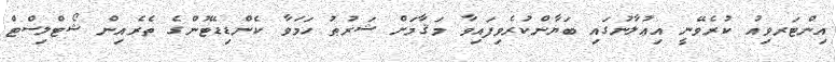
އިންޓަރވިއު ކުރެވޭނީ އިޢުލާނުގައި ބަޔާންކުރެވިފައިވާ މަޤާމަށް ޝަރުޠު ހަމަވާ ކެންޑިޑޭޓުންގެ ތެރެއިން ޝޯޓްލިސްޓް